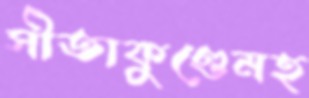
সীতাকুণ্ডেমহ